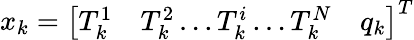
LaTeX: x_{k}=\left[\begin{array}{llll}{T_{k}^{1}}&{T_{k}^{2}\ldots T_{k}^{i}\ldots T_{k}^{N}}&{q_{k}}\end{array}\right]^{T}